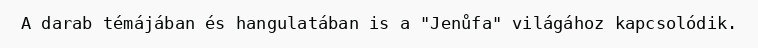
A darab témájában és hangulatában is a "Jenůfa" világához kapcsolódik.